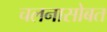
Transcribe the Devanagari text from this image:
चलनासोबत